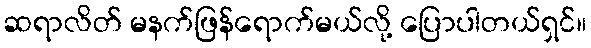
ဆရာလိတ် မနက်ဖြန်ရောက်မယ်လို့ ပြောပါတယ်ရှင်။